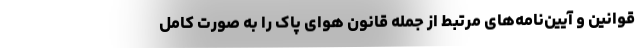
قوانین و آیین‌نامه‌های مرتبط از جمله قانون هوای پاک را به صورت کامل